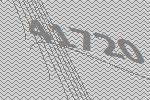
41720